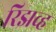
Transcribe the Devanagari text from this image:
रिझव्ह